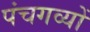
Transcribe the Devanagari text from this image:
पंचगव्यों